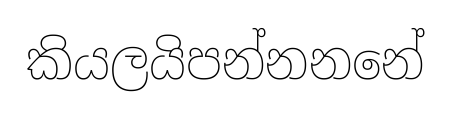
කියලයිපන්නනනේ